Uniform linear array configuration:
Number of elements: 32
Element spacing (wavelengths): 0.75
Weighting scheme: binomial
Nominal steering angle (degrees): -30
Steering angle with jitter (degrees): -29.747
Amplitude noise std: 0.05
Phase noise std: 0.05

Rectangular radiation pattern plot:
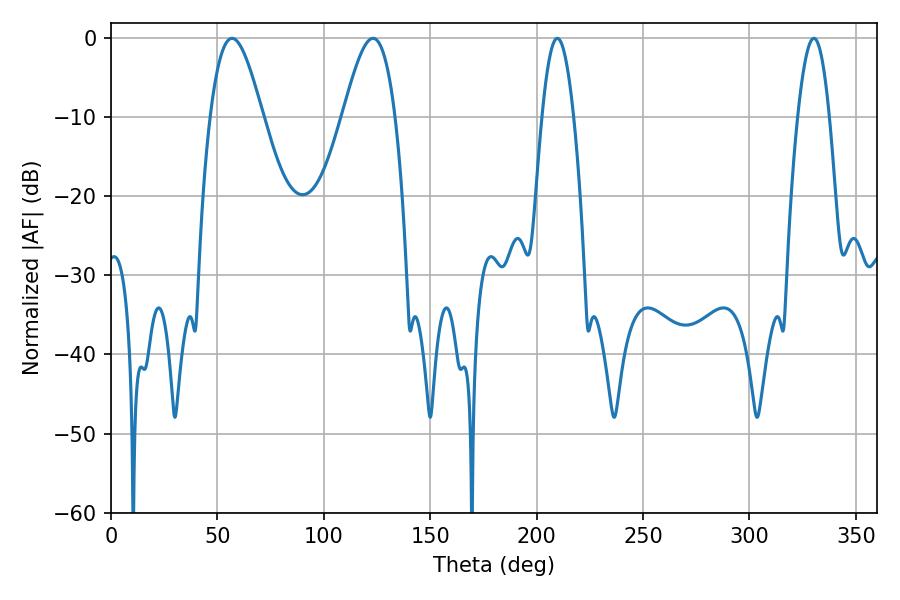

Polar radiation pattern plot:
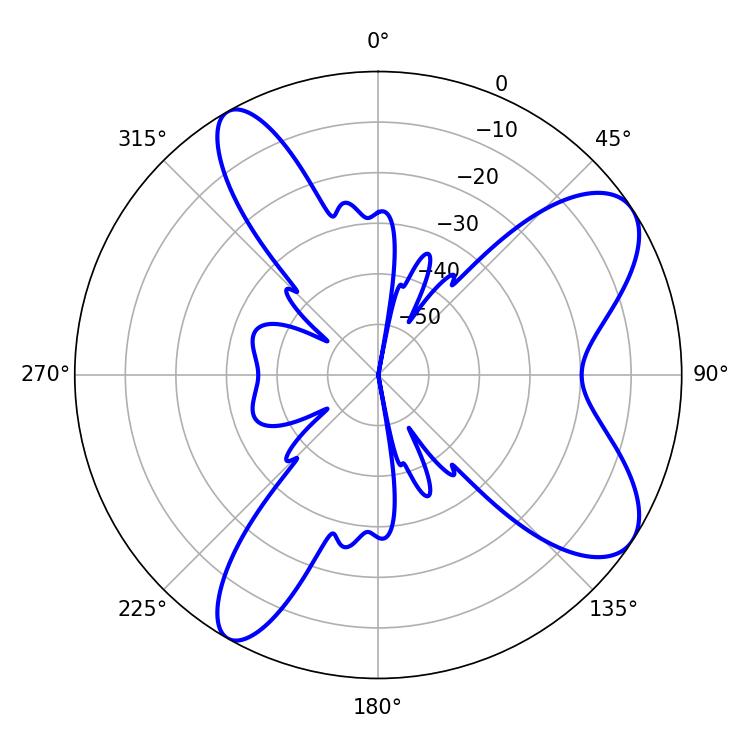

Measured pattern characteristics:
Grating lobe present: TRUE
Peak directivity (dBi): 8.51
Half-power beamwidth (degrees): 13.14
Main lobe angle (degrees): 56.88